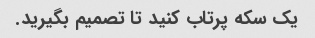
یک سکه پرتاب کنید تا تصمیم بگیرید.